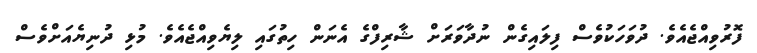
ފޮރުވިއްޖެއެވެ. ދުވަހަކުވެސް ފިލައިގެން ނުދާވަރަށް ޝާރިފްގެ އެނަން ހިތުގައި ލިޔެވިއްޖެއެވެ. މުޅި ދުނިޔެއަށްވެސް